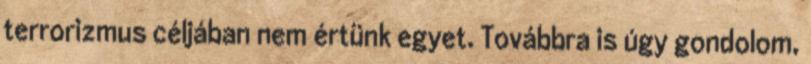
terrorizmus céljában nem értünk egyet. Továbbra is úgy gondolom,